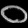
Digit: ၀